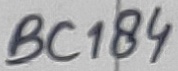
Text: BC184